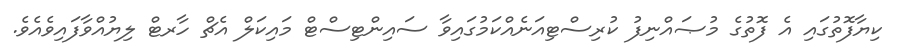
ކިޔާފޮތުގައި އެ ފޮތުގެ މުޞައްނިފު ކުރިސްޓިއަނެއްކަމުގައިވާ ސައިންޓިސްޓް މައިކަލް އެޗް ހާރޓް ލިޔުއްވާފައިވެއެވެ.